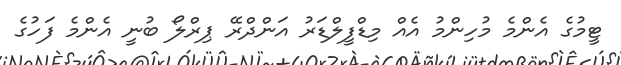
ޓީމުގެ އެންމެ މުހިންމު އެއް މިޑްފީލްޑަރު އަންދްރޭ ޕިރްލޯ ބުނީ އެންމެ ފަހުގެ